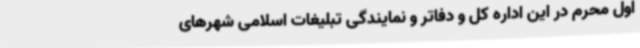
اول محرم در این اداره کل و دفاتر و نمایندگی تبلیغات اسلامی شهرهای